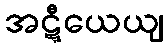
အဋ္ဋီယေယျ